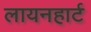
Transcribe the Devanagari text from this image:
लायनहार्ट